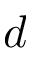
d